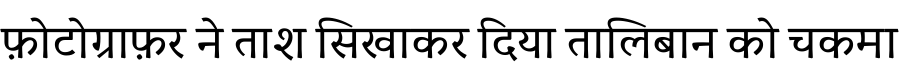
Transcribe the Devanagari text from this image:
फ़ोटोग्राफ़र ने ताश सिखाकर दिया तालिबान को चकमा